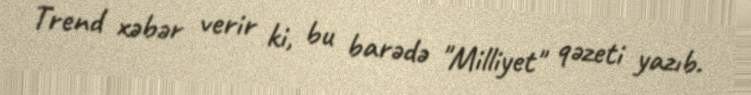
Trend xəbər verir ki, bu barədə "Milliyet" qəzeti yazıb.